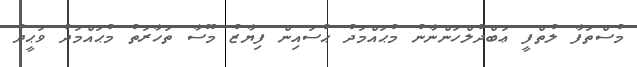
މުސްތަފާ ލުތްފީ ޢަބްދުލްހަންނާނު މުޙައްމަދު ޙުސައިން ފިޔާޒު މޫސާ ތަހާރަތު މުޙައްމަދު ވަޙީދު